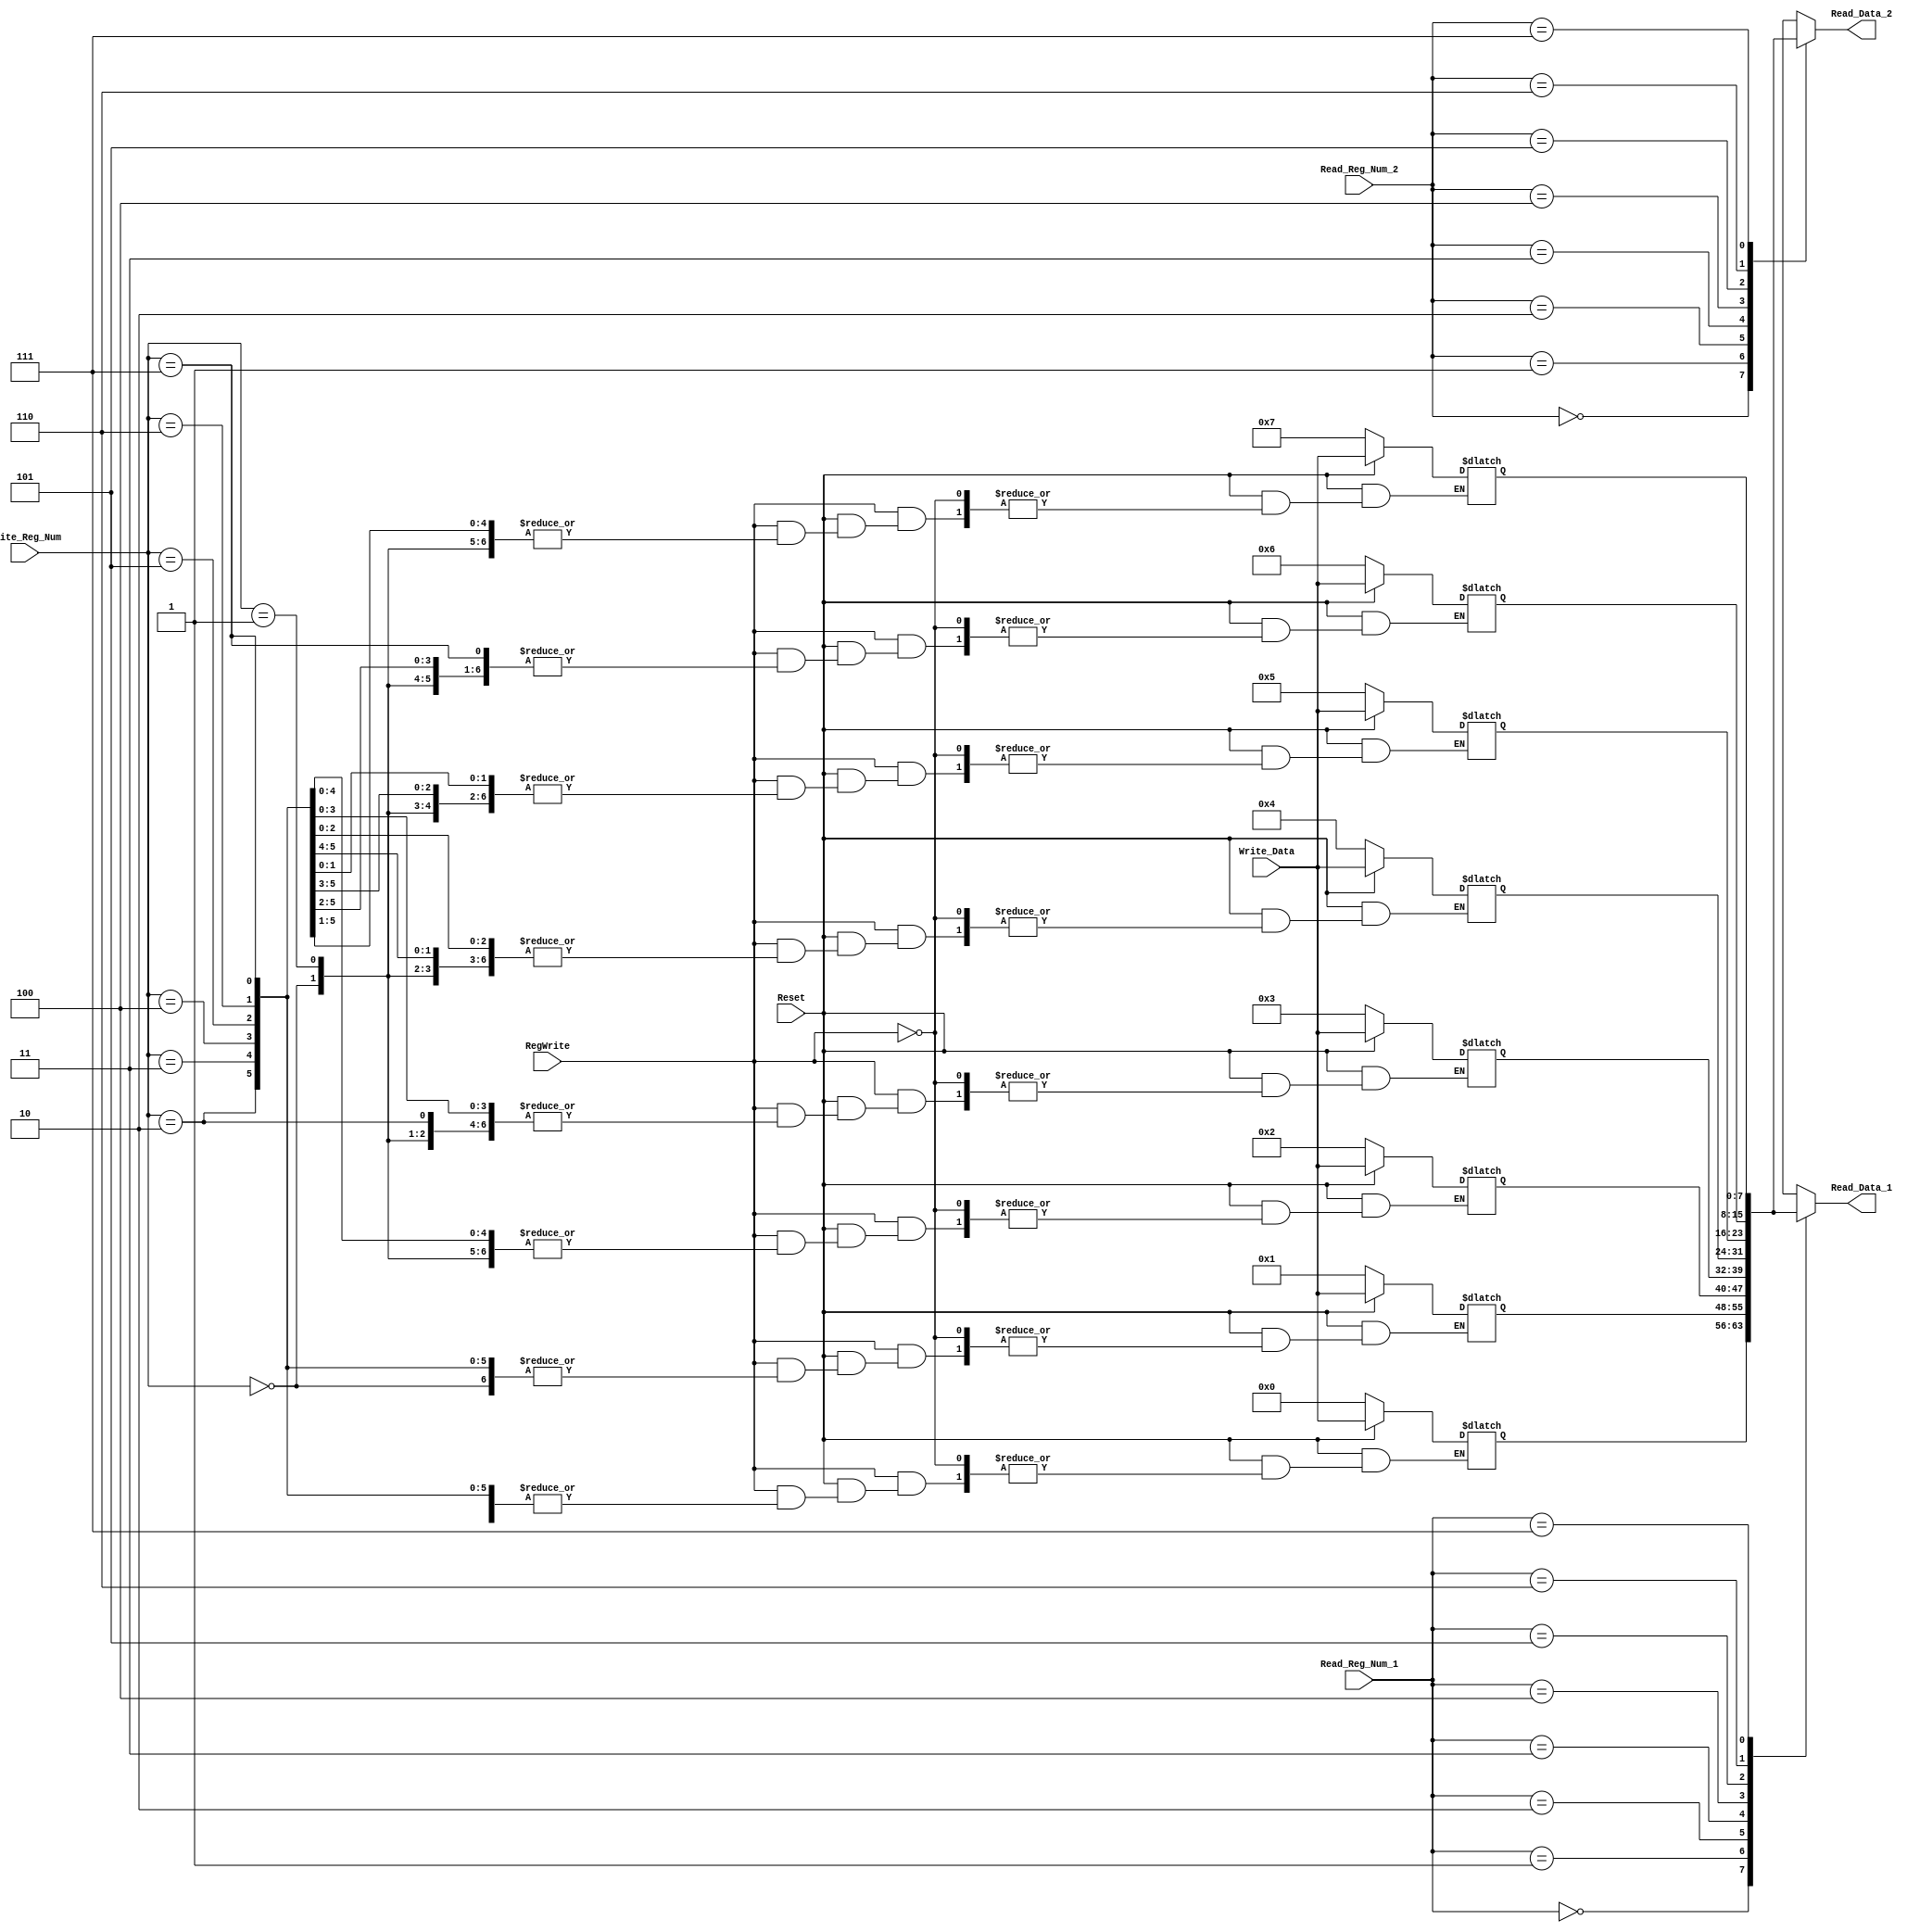
`timescale 1ns / 1ps
module register_file(
    input [2:0] Read_Reg_Num_1,
    input [2:0] Read_Reg_Num_2,
    input [2:0] Write_Reg_Num,
    output [7:0] Read_Data_1,
    output [7:0] Read_Data_2,
    input [7:0] Write_Data,
    input RegWrite,
    //input clk,
    input Reset
    );
    integer i;
    reg [7:0] RegMem [7:0];
    
    always@(*)
    begin
    if(Reset==0)
    begin
    RegMem[0]=8'b00000000;
    RegMem[1]=8'b00000001;
    RegMem[2]=8'b00000010;
    RegMem[3]=8'b00000011;
    RegMem[4]=8'b00000100;
    RegMem[5]=8'b00000101;
    RegMem[6]=8'b00000110;
    RegMem[7]=8'b00000111;
    
    end
    else if(RegWrite)
    begin
     RegMem[Write_Reg_Num]=Write_Data;
    end
    end

    assign Read_Data_1=RegMem[Read_Reg_Num_1];
    assign Read_Data_2=RegMem[Read_Reg_Num_2];
endmodule